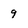
Character: 9